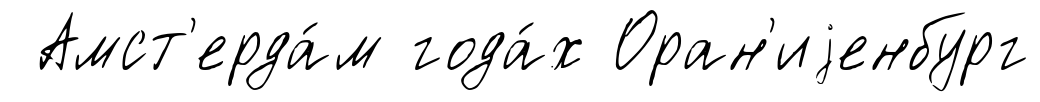
Амст'ерда́м года́х Оран'иjенбург